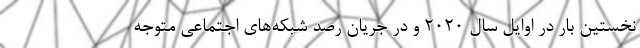
نخستین بار در اوایل سال ۲۰۲۰ و در جریان رصد شبکه‌های اجتماعی متوجه